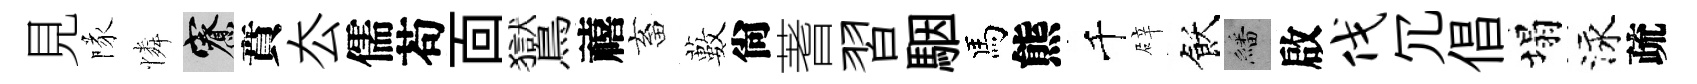
見隊憐寮賁厺儒苟靣鸑禧畜藪尙蓍習駰馬熊千辟飫繙啟伐冗倡塌泳疏